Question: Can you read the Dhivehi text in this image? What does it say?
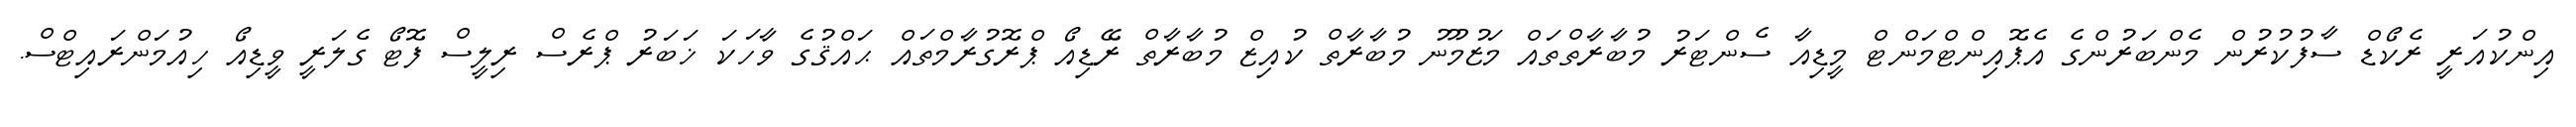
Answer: އިންކުއަރީ ރެކޯޑް ސާފުކުރުން މެންބަރުންގެ އެޕޮއިންޓްމަންޓް މީޑިއާ ސެންޓަރު މުބާރާތްތައް މަޒުމޫނު މުބާރާތް ކުއިޒް މުބާރާތް ރޭޑިއޯ ޕްރޮގުރާމްތައް ޙައްޤުގެ ވާހަކަ ޚަބަރު ޕްރެސް ރިލީސް ފޮޓޯ ގެލަރީ ވީޑިއޯ ހިއުމަންރައިޓްސް.